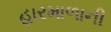
હારમાળાની